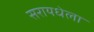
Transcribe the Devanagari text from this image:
सरायधेला